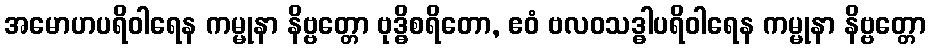
အမောဟပရိဝါရေန ကမ္မုနာ နိဗ္ဗတ္တော ဗုဒ္ဓိစရိတော, ဧဝံ ဗလဝသဒ္ဓါပရိဝါရေန ကမ္မုနာ နိဗ္ဗတ္တော